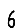
Digit: 6